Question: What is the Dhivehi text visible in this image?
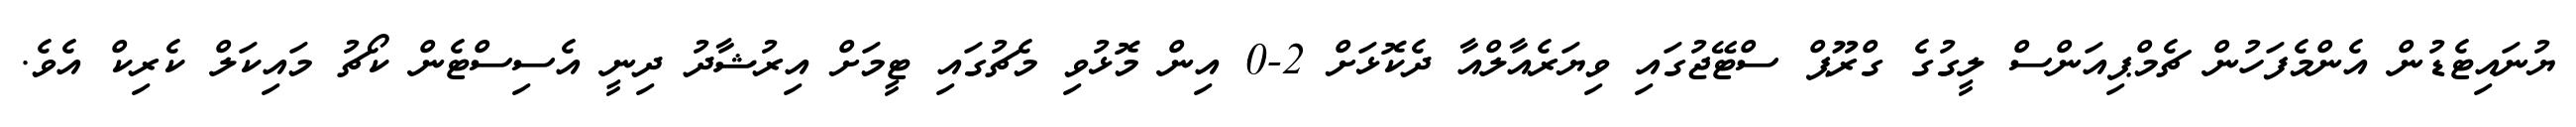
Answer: ޔުނައިޓެޑުން އެންމެފަހުން ޗެމްޕިއަންސް ލީގުގެ ގްރޫޕް ސްޓޭޖުގައި ވިޔަރެއާލްއާ ދެކޮޅަށް 2-0 އިން މޮޅުވި މެޗުގައި ޓީމަށް އިރުޝާދު ދިނީ އެސިސްޓެން ކޯޗު މައިކަލް ކެރިކް އެވެ.